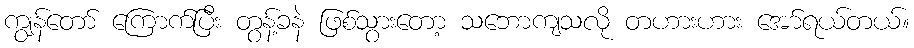
ကျွန်တော် ကြောက်ပြီး တွန့်ခနဲ ဖြစ်သွားတော့ သဘောကျသလို တဟားဟား အော်ရယ်တယ်။